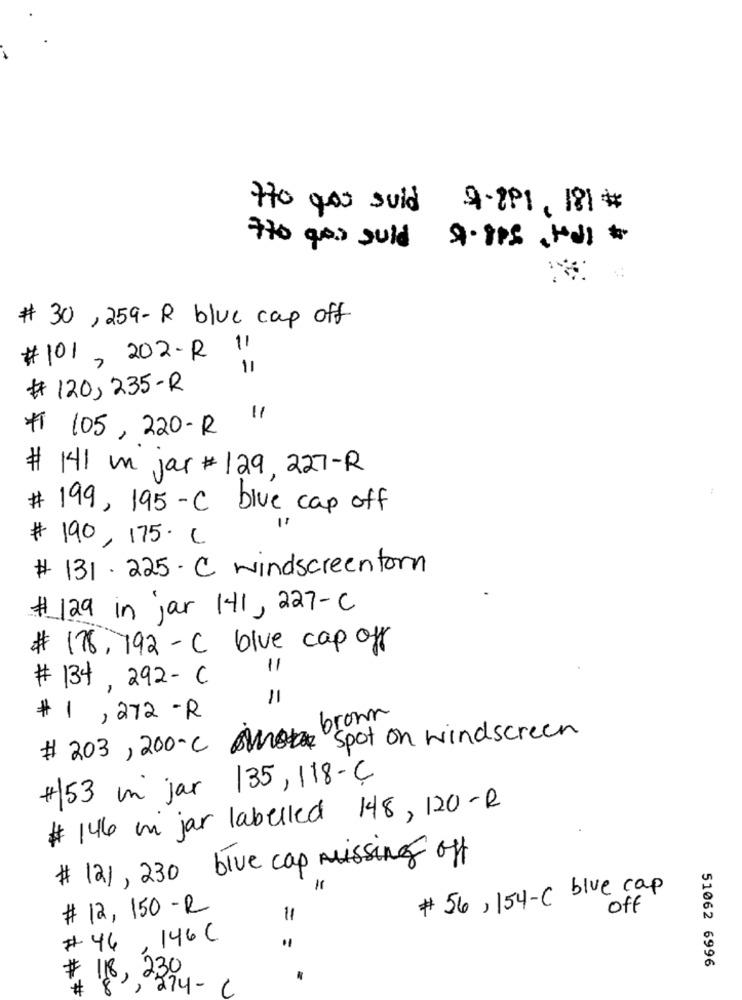
H70 got suid
9.891, 181#
to gos guld
# 30 , 259- R blue cap off
# 101, 202- R 11
11
# 120, 235-R
#1 105 , 220- R
# 141 m jar # 129, 227 - R
# 199, 195 - C blue cap off
# 190, 175 · C
# 131.225· C windscreentorn
# 129 in jar 141, 227-C
# 178, 792 - C blue cap off
11
# 134, 292- C
11
# 1 , 272 -R
# 203, 200-C spot on windscreen
#153 in jar 135, 118- ℃
# 146 in jar labelled 148, 120-R
# 121, 230 blue cap missing off
=
# 56, 154-C blue cap
# 12, 150 - R
off
11
# 46, 146 C
51062 6996
: 118, 230
# 82 0
,274-